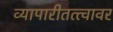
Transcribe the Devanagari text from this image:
व्यापारीतत्त्वावर